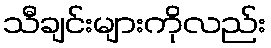
သီချင်းများကိုလည်း